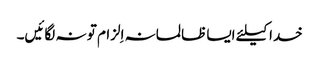
خدا کیلئے ایسا ظالمانہ اِلزام تو نہ لگائیں۔